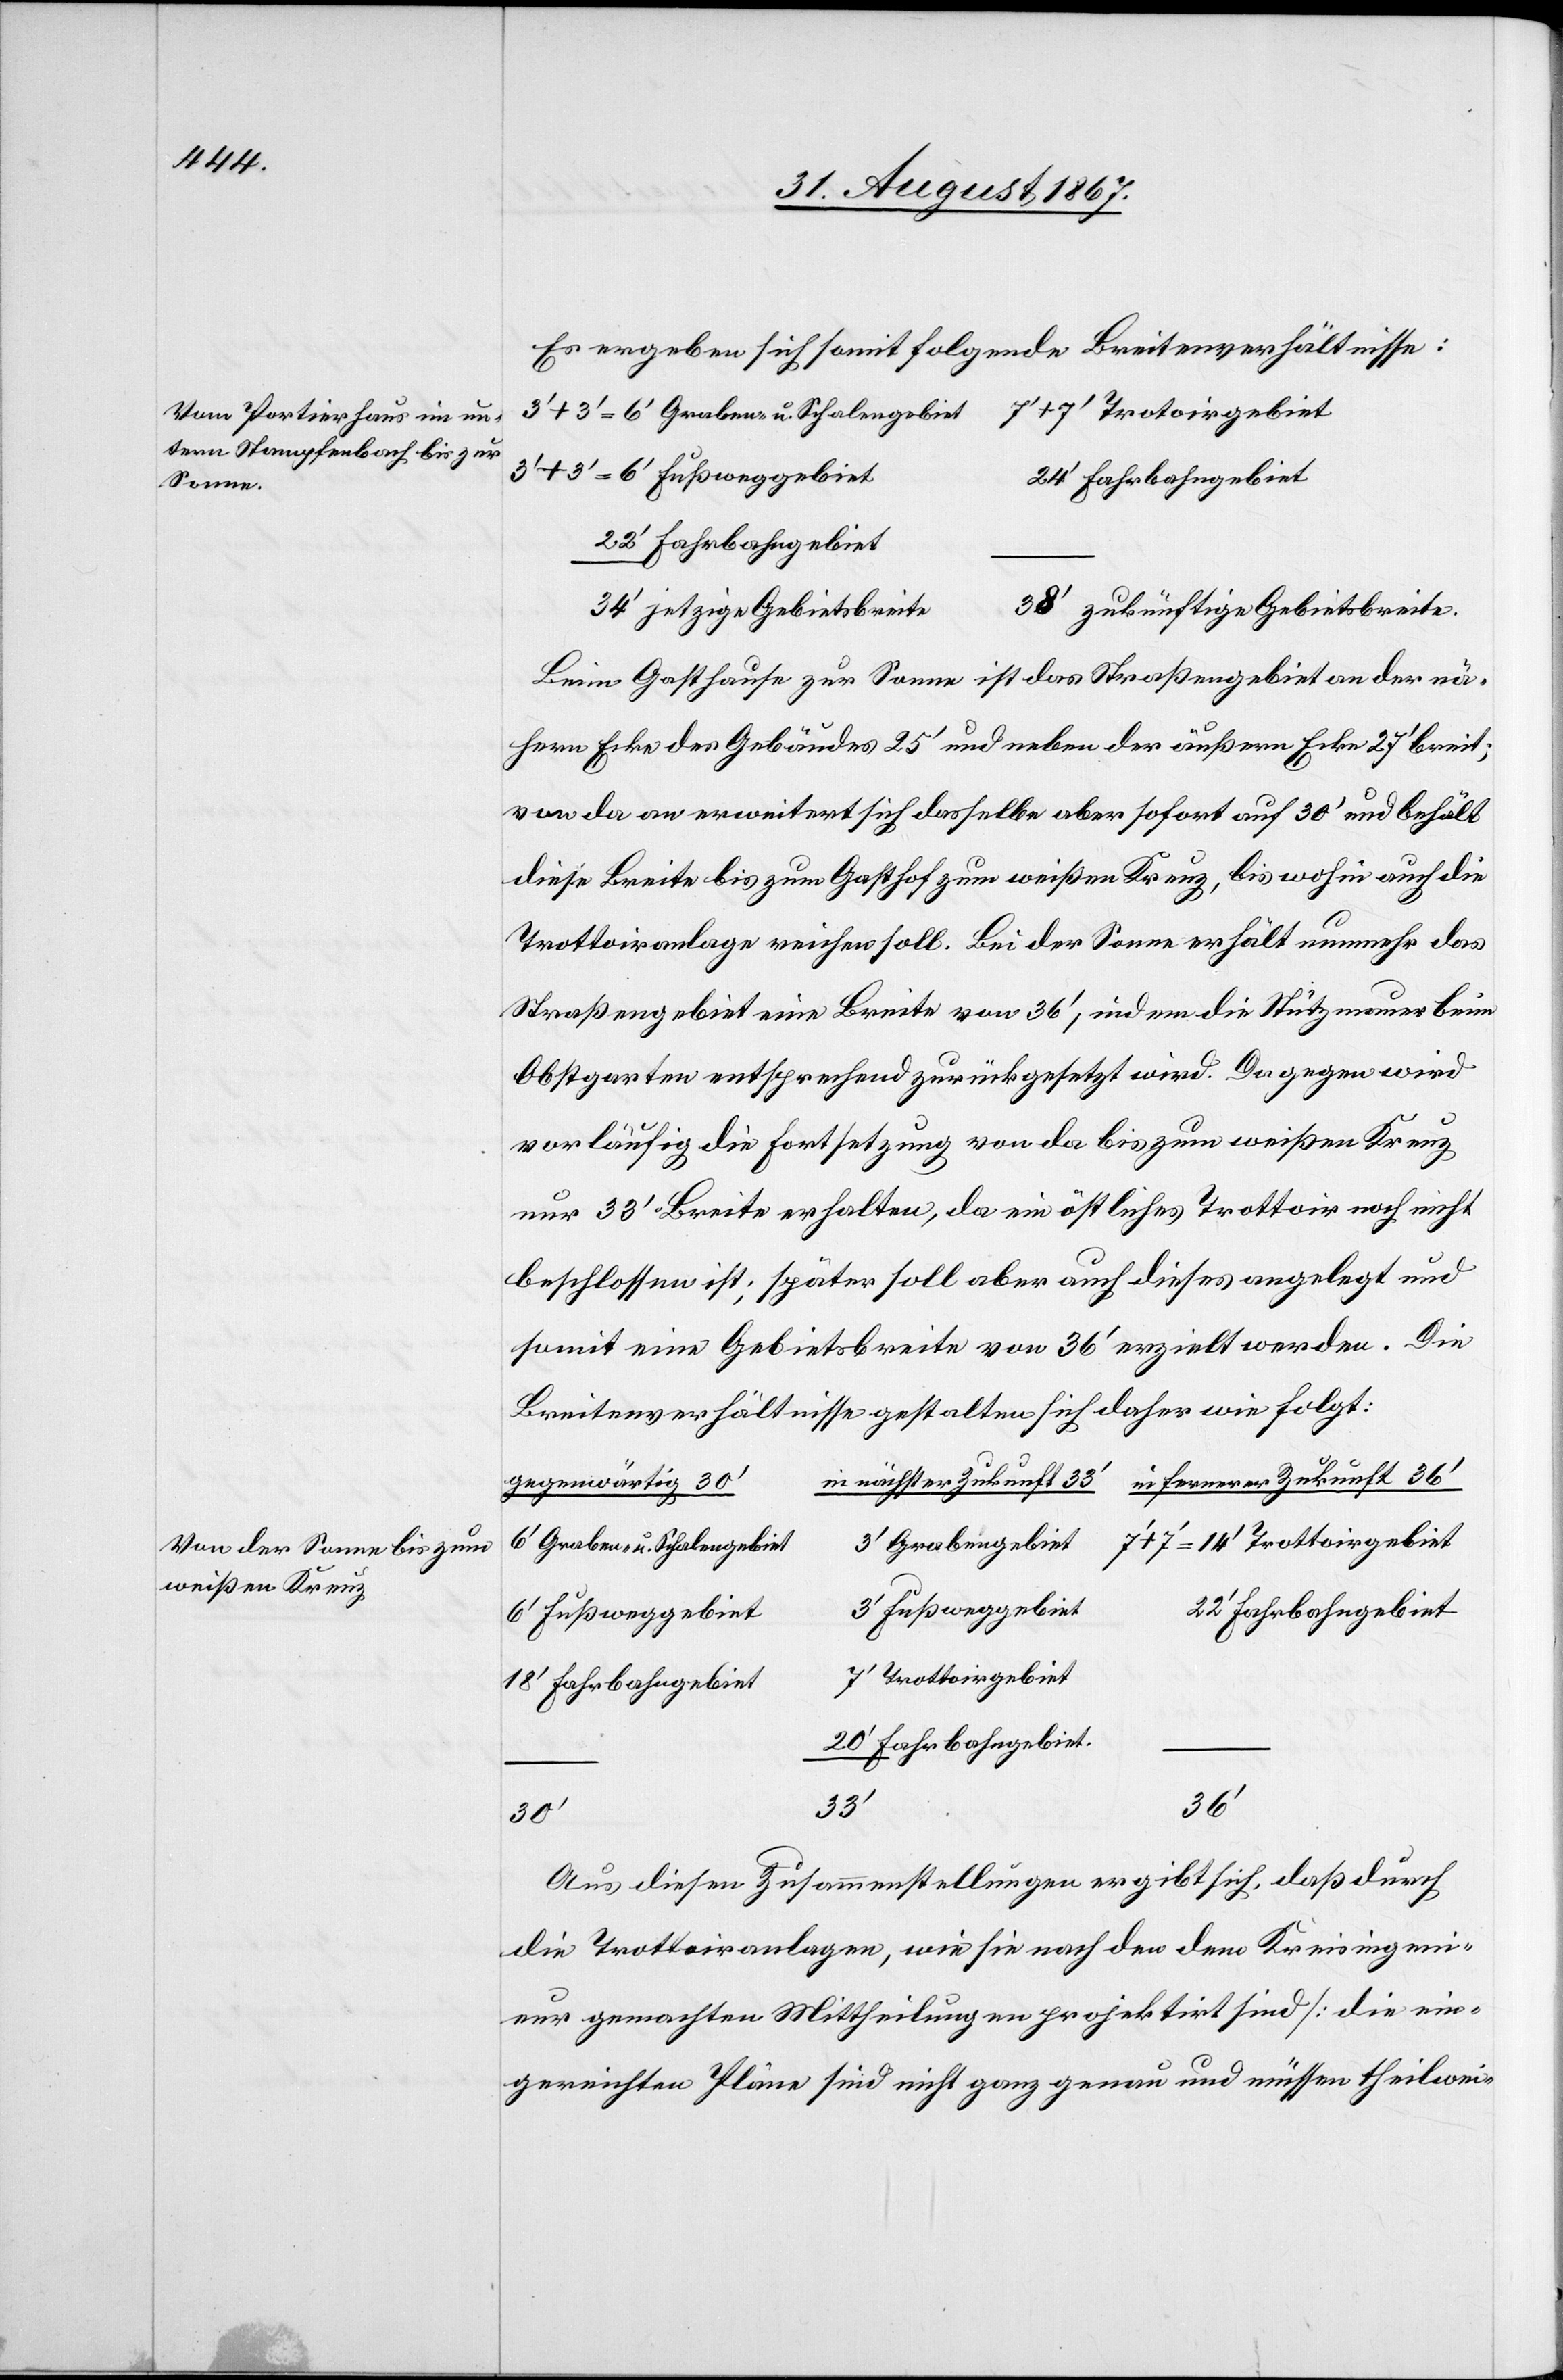
Vom Portierhaus im un¬
tern Stampfenbach bis zur
Sonne.
Von der Sonne bis zum
weißen Kreuz

Es ergeben sich somit folgende Breitenverhältnisse:
3‘+3‘=6‘ Fußweggebiet
20‘ Fahrbahngebiet
22‘ Fahrbahngebiet
34‘ jetzige Gebietsbreite
38‘ zukünftige Gebietsbreite
Beim Gasthause zur Sonne ist das Straßengebiet an der nä¬
hern Ecke des Gebäudes 25‘ und neben der äußern Ecke 27‘ breit;
von da an erweitert sich dasselbe aber sofort auf 30‘ und behält
diese Breite bis zum Gasthof zum weißen Kreuz, bis wohin auch die
Trottoiranlage reichen soll. Bei der Sonne erhält nunmehr das
Straßengebiet eine Breite von 36‘, indem die Stützmauer beim
Obstgarten entsprechend zurückgesetzt wird. Dagegen wird
vorläufig die Fortsetzung von da bis zum weißen Kreuz
nur 38‘ Breite erhalten, da ein östliches Trottoir noch nicht
beschlossen ist; später soll aber auch dieses angelegt und
somit eine Gebietsbreite von 36‘ erzielt werden. Die
Breitenverhältnisse gestalten sich daher wie folgt:
in fernerer Zukunft 36‘
in nächster Zukunft 33‘
gegenwärtig 30‘
7‘+7‘ Trottoirgebiet
3‘ Grabengebiet
6‘ Graben- u. Schalengebiet
3‘ Fußweggebiet
22‘ Farhbahngebiet
6‘ Fußweggebiet
7‘ Trottoirgebiet
18‘ Fahrbahngebiet
36‘
33‘
Aus diesen Zusammenstellungen ergibt sich, daß durch
die Trottoiranlagen, wie sie nach den dem Kreisingeni¬
eur gemachten Mittheilungen projektirt sind [die ein¬
gereichten Pläne sind nicht ganz genau und müssen theilwei-